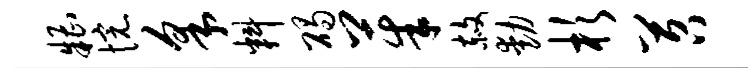
糟惋采料碣茱赦动杉苕